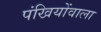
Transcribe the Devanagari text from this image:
पंखियोंवाला